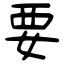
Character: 要